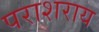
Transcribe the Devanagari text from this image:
पराशराय